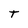
Character: t